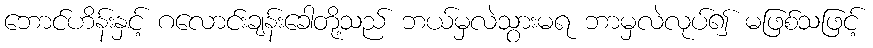
ဘောင်ဟိန်းနှင့် ဂလောင်းချန်းခေါတို့သည် ဘယ်မှလဲသွားမရ ဘာမှလဲလုပ်၍ မဖြစ်သဖြင့်